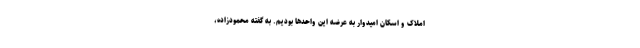
املاک و اسکان امیدوار به عرضه این واحدها بودیم. به گفته محمودزاده،